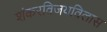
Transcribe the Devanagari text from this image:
शंकरविजयविलास